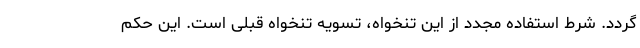
گردد. شرط استفاده مجدد از این تنخواه، تسویه تنخواه قبلی است. این حکم